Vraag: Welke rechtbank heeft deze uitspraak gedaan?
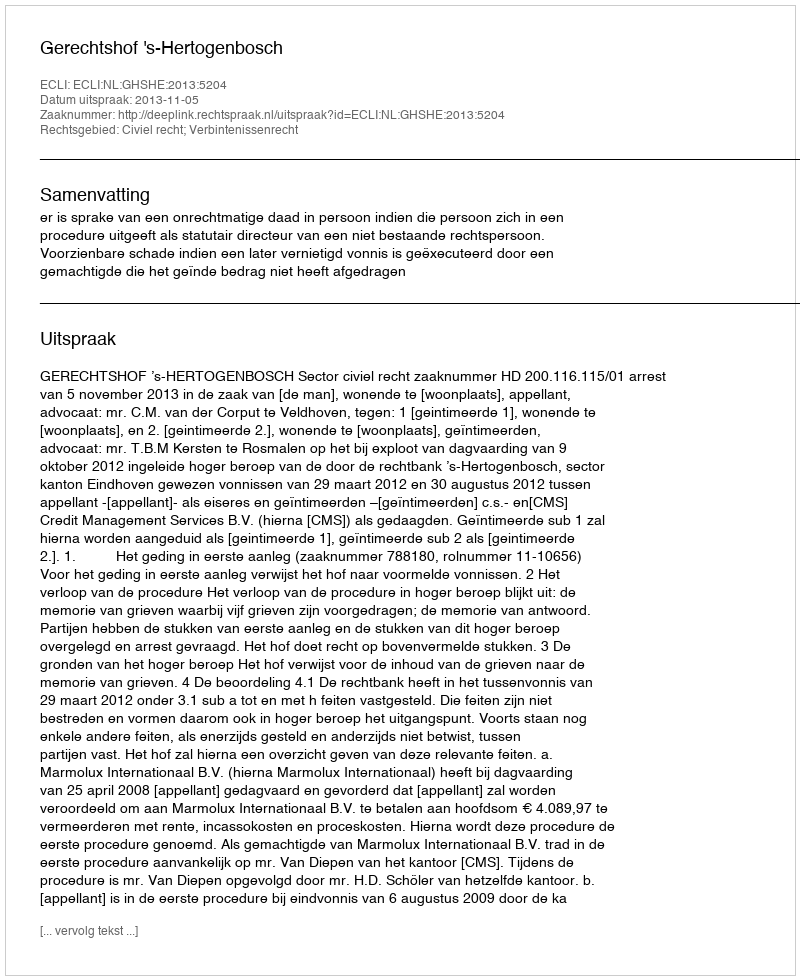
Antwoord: Gerechtshof 's-Hertogenbosch